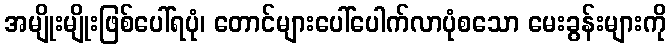
အမျိုးမျိုးဖြစ်ပေါ်ရပုံ၊ တောင်များပေါ်ပေါက်လာပုံစသော မေးခွန်းများကို